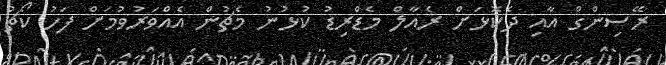
ރޭސިންގް އާއި ދެކޮޅަށް ރެއާލް މެޑްރިޑު ކުޅުނު މެޗުން އެއްވަރުވުމަށް ފަހު ކޯޗު